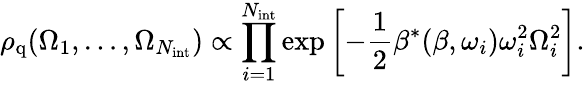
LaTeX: \rho_{\mathrm{q}}(\Omega_{1},\dots,\Omega_{N_{\mathrm{int}}})\propto\prod_{i=1}^{N_{\mathrm{int}}}\exp\left[-\frac{1}{2}\beta^{*}(\beta,\omega_{i})\omega_{i}^{2}\Omega_{i}^{2}\right].